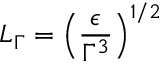
L _ { \Gamma } = \left( \frac { \epsilon } { \Gamma ^ { 3 } } \right) ^ { 1 / 2 }